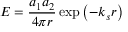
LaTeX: E = { \frac { a _ { 1 } a _ { 2 } } { 4 \pi r } } \exp \left( - k _ { s } r \right)